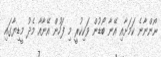
ނޯންނާނެ ކަމަށާއި އޭނާ ބޯޑުން ވަކިކުރީ މި ފަހުން އޭނާއާ މެދު މީޑިޔާގައި